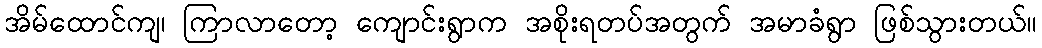
အိမ်ထောင်ကျ၊ ကြာလာတော့ ကျောင်းရွာက အစိုးရတပ်အတွက် အမာခံရွာ ဖြစ်သွားတယ်။